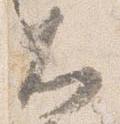
大